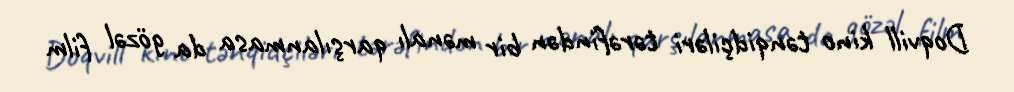
Doqvill kino tənqidçiləri tərəfindən bir mənalı qarşılanmasa da gözəl film